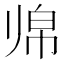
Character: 𱍲